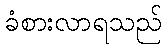
ခံစားလာရသည်